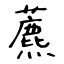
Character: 藨